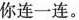
你连一连。